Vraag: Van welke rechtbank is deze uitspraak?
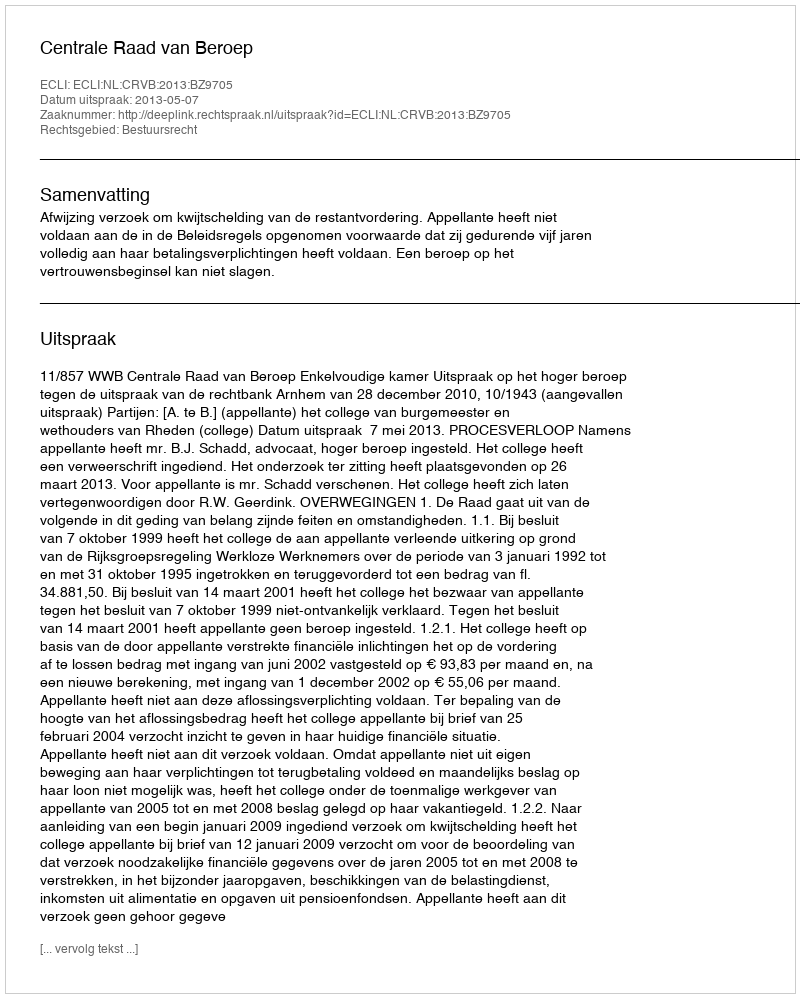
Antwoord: Centrale Raad van Beroep